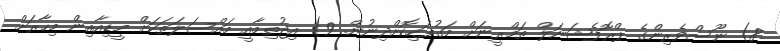
8) ނޫސްވެރިންގެ ޕްރޮފެޝަނަލް ތަމްރީނަށް މަގުފަހިކޮށްދިނުން. 9) އިޖުތިމާއީ މައްސަލަތަކަށް މީޑިއާއިން މިހާރަށް